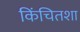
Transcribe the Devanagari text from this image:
किंचितशा